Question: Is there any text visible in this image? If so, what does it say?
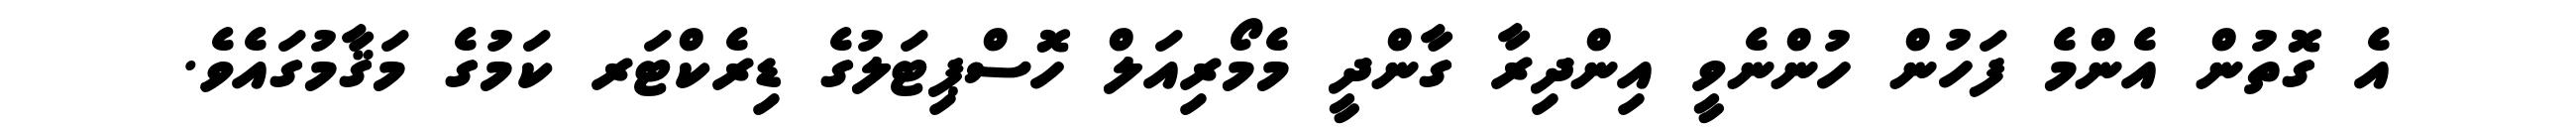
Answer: އެ ގޮތުން އެންމެ ފަހުން ހުންނެވީ އިންދިރާ ގާންދީ މެމޯރިއަލް ހޮސްޕިޓަލުގެ ޑިރެކްޓަރ ކަމުގެ މަޤާމުގައެވެ.